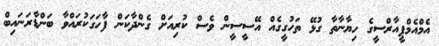
އެމްއެމްޕީއާރްސީގެ ހިޔާނާތާ ގުޅޭ ތަހުގީގެއް އޭސީސީން ވެސް ކުރިއަށް ގެންދާކަން ފާހަގަކުރައްވާ ބަންޑާރަނައިބް